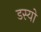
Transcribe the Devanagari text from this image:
डस्यो